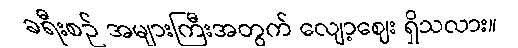
ခရီးစဉ် အများကြီးအတွက် လျော့ဈေး ရှိသလား။